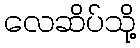
လေဆိပ်သို့